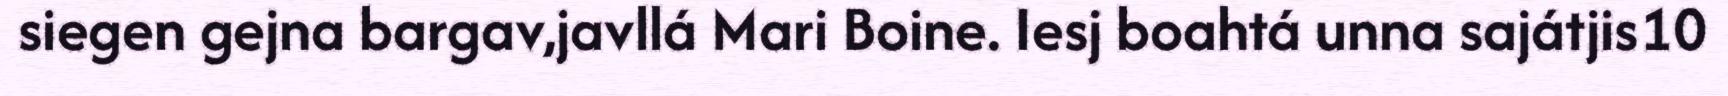
siegen gejna bargav,javllá Mari Boine. Iesj boahtá unna sajátjis10